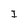
Character: I